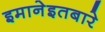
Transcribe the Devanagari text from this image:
इमानेइतबारे